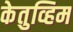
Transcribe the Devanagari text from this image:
केतुव्हिम